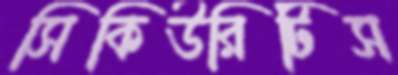
সিকিউরিটিস